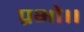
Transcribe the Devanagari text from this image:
प्रभो।।